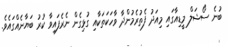
ބުނެ ސޯޝަލް މީޑިއާގައި މިއަދު ފެތުރެމުންދާ ވާހަކަތަކާއި ގުޅިގެން ނެރެފައިވާ ކުރު ބަޔާނެއްގައެވެ.